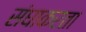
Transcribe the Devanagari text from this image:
संघाकरता